Indian journal of veterinary science and animal husbandry - Volume 14,
Year: 1944
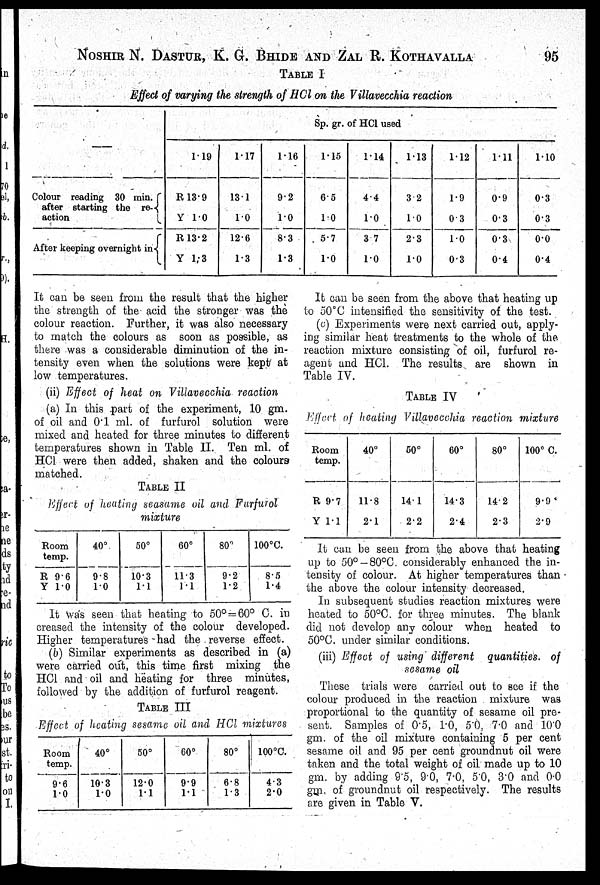
NOSHIR N. DASTUR, K. G. BHIDE AND ZAL R. KOTHAVALLA 95
TABLE I
Effect of varying the strength of HCl on the Villavecchia reaction
—
Colour reading 30 min.
after starting the re-
action
After keeping overnight in
Sp. gr. of HCl used
1.19
R 13.9
Y 1.0
R 13.2
Y 1.3
1.17
13.1
1.0
12.6
1.3
1.16
9.2
1.0
8.3
1.3
1.15
6.5
1.0
5.7
1.0
1.14
4.4
1.0
3.7
1.0
1.13
3.2
1.0
2.3
1.0
1.12
1.9
0.3
1.0
0.3
1.11
0.9
0.3
0.3
0.4
1.10
0.3
0.3
0.0
0.4
It can be seen from the result that the higher
the strength of the acid the stronger was the
colour reaction. Further, it was also necessary
to match the colours as soon as possible, as
there was a considerable diminution of the in-
tensity even when the solutions were kept at
low temperatures.
(ii) Effect of heat on Villavecchia reaction
(a) In this part of the experiment, 10 gm.
of oil and 0.1 ml. of furfurol solution were
mixed and heated for three minutes to different
temperatures shown in Table II. Ten ml. of
HCl were then added, shaken and the colours
matched.
TABLE II
Effect of heating seasame oil and Furfurol
mixture
Room
temp.
R 9.6
Y 1.0
40°
9.8
10
50°
10.3
1.1
60°
11.3
1.1
80°
9.2
1.2
100°C.
8.5
1.4
It was seen that heating to 50° = 60° C. in
creased the intensity of the colour developed.
Higher temperatures had the reverse effect.
(b) Similar experiments as described in (a)
were carried out, this time first mixing the
HCl and oil and heating for three minutes,
followed by the addition of furfurol reagent.
TABLE III
Effect of heating sesame oil and HCl mixtures
Room
temp.
9.6
1.0
40°
10.3
1.0
50°
12.0
1.1
60°
9.9
1.1
80°
6.8
1.3
100°C.
4.3
2.0
It can be seen from the above that heating up
to 50°C intensified the sensitivity of the test.
(c) Experiments were next carried out, apply-
ing similar heat treatments to the whole of the
reaction mixture consisting of oil, furfurol re-
agent and HCl. The results are shown in
Table IV.
TABLE IV
Effect of heating Villavecchia reaction mixture
Room
temp.
R 9.7
Y 1.1
40°
11.8
2.1
50°
14.1
2.2
60°
14.3
2.4
80°
14.2
2.3
100° C.
9.9
2.9
It can be seen from the above that heating
up to 50°- 80°C. considerably enhanced the in-
tensity of colour. At higher temperatures than
the above the colour intensity decreased.
In subsequent studies reaction mixtures were
heated to 50°C. for three minutes. The blank
did not develop any colour when heated to
50°C. under similar conditions.
(iii) Effect of using different quantities of
sesame oil
These trials were carried out to see if the
colour produced in the reaction mixture was
proportional to the quantity of sesame oil pre-
sent. Samples of 0.5, 1.0, 5.0, 7.0 and 10.0
gm. of the oil mixture containing 5 per cent
sesame oil and 95 per cent groundnut oil were
taken and the total weight of oil made up to 10
gm. by adding 9.5, 9.0, 7.0, 5.0, 3.0 and 0.0
gm. of groundnut oil respectively. The results
are given in Table V.